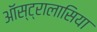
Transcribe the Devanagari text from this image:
ऑस्ट्रालासिया